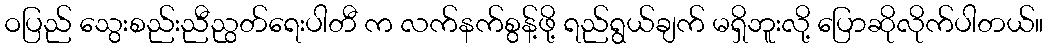
ဝပြည် သွေးစည်းညီညွတ်ရေးပါတီ က လက်နက်စွန့်ဖို့ ရည်ရွယ်ချက် မရှိဘူးလို့ ပြောဆိုလိုက်ပါတယ်။